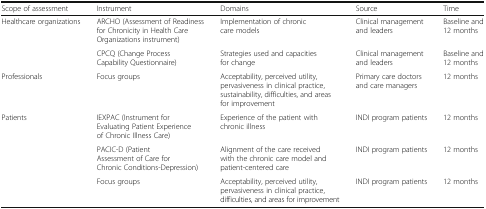
<table><thead><tr><td><b>Scope of assessment</b></td><td><b>Instrument</b></td><td><b>Domains</b></td><td><b>Source</b></td><td><b>Time</b></td></tr></thead><tbody><tr><td rowspan="2">Healthcare organizations</td><td>ARCHO (Assessment of Readiness for Chronicity in Health Care Organizations instrument)</td><td>Implementation of chronic care models</td><td>Clinical management and leaders</td><td>Baseline and 12 months</td></tr><tr><td>CPCQ (Change Process Capability Questionnaire)</td><td>Strategies used and capacities for change</td><td>Clinical management and leaders</td><td>Baseline and 12 months</td></tr><tr><td>Professionals</td><td>Focus groups</td><td>Acceptability, perceived utility, pervasiveness in clinical practice, sustainability, difficulties, and areas for improvement</td><td>Primary care doctors and care managers</td><td>12 months</td></tr><tr><td rowspan="3">Patients</td><td>IEXPAC (Instrument for Evaluating Patient Experience of Chronic Illness Care)</td><td>Experience of the patient with chronic illness</td><td>INDI program patients</td><td>12 months</td></tr><tr><td>PACIC-D (Patient Assessment of Care for Chronic Conditions-Depression)</td><td>Alignment of the care received with the chronic care model and patient-centered care</td><td>INDI program patients</td><td>12 months</td></tr><tr><td>Focus groups</td><td>Acceptability, perceived utility, pervasiveness in clinical practice, difficulties, and areas for improvement</td><td>INDI program patients</td><td>12 months</td></tr></tbody></table>